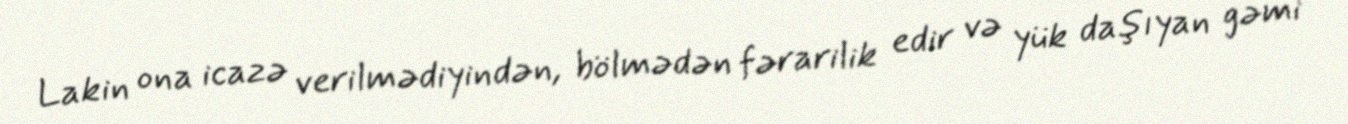
Lakin ona icazə verilmədiyindən, bölmədən fərarilik edir və yük daşıyan gəmi